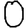
Digit: 0